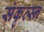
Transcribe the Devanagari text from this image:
संकृत्स्न